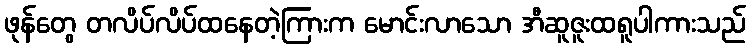
ဖုန်တွေ တလိပ်လိပ်ထနေတဲ့ကြားက မောင်းလာသော အီဆူဇူးထရူပါကားသည်